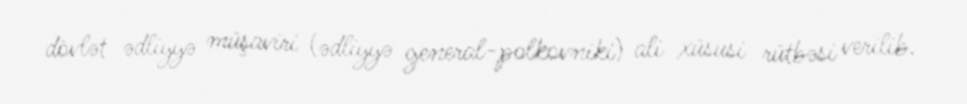
dövlət ədliyyə müşaviri (ədliyyə general-polkovniki) ali xüsusi rütbəsi verilib.